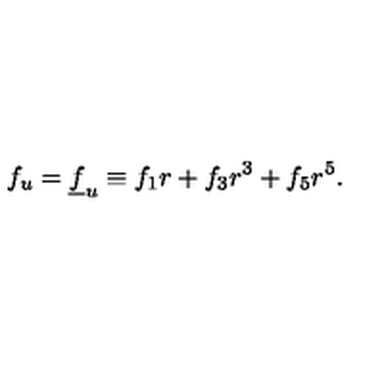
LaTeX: f _ { u } = \underline { { f } } _ { u } \equiv f _ { 1 } r + f _ { 3 } r ^ { 3 } + f _ { 5 } r ^ { 5 } .